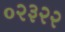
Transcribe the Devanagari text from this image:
०२३२२